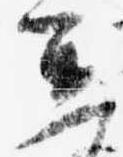
進